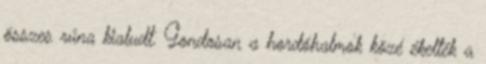
összes rúna kialudt. Gondosan a hordóhalmok közé ékelték a